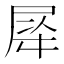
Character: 𭕡